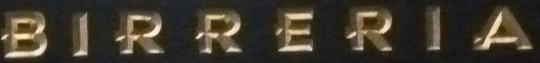
BIRRERIA